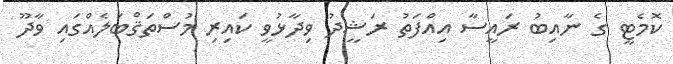
ކޮމެޓީ ގެ ނާއިބު ރައީސާ އިއްފަތު ރަޝީދު ވިދާޅުވީ ކައިރި މުސްތަޤްބަލެއްގައި ވާދޫ